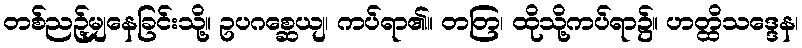
တစ်ညဉ့်မျှနေခြင်းသို့။ ဥပဂစ္ဆေယျ၊ ကပ်ရာ၏။ တတြ၊ ထိုသို့ကပ်ရာ၌။ ဟတ္ထိသဒ္ဒေန၊